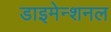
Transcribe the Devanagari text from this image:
डाइमेन्शनल